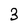
Character: 3